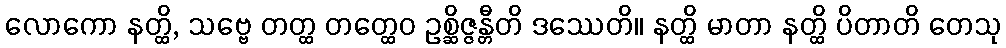
လောကော နတ္ထိ, သဗ္ဗေ တတ္ထ တတ္ထေဝ ဥစ္ဆိဇ္ဇန္တီတိ ဒဿေတိ။ နတ္ထိ မာတာ နတ္ထိ ပိတာတိ တေသု